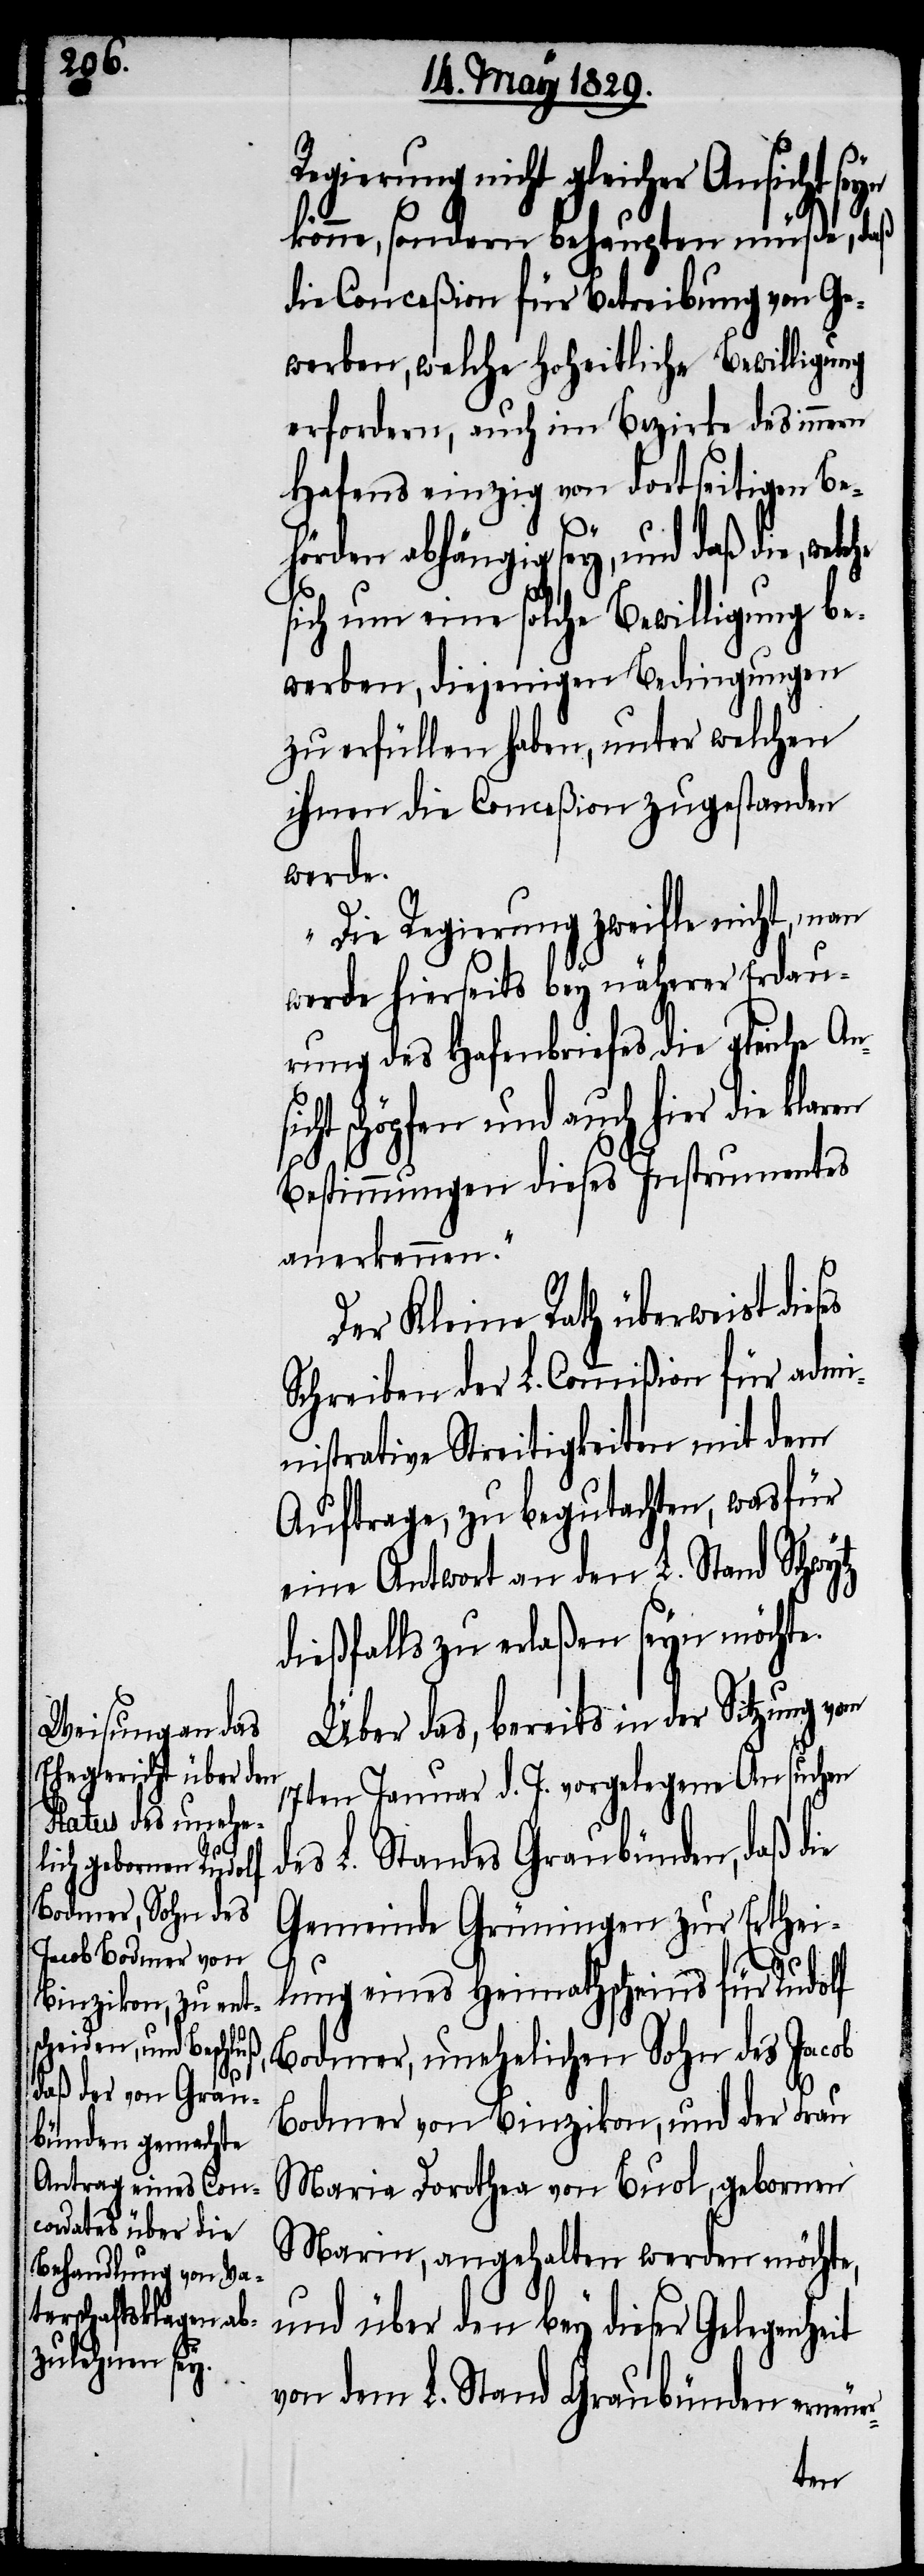
sicht

Regierung nicht gleicher Ansicht seyn
könne, sondern behaupten müße, daß
die Conceßion für Betreibung von Ge¬
werben, welche hoheitliche Bewilligung
erfordern, auch im Bezirke des innern
Hafens einzig von dortseitigen Be¬
r-
hörden abhängig sey, und daß die,
sich um eine solche Bewilligung be¬
werben, diejenigen Bedingungen
zu erfüllen haben, unter welchen
ihnen die Conceßion zugstanden
werde.
Die Regierung zweifle nicht, man
werde hierseits bey näherer Erdau¬
rung des Hafenbriefs die gleiche An¬
schöpfen und auch hier die
Bestimmungen dieses Instrumentes
anerkennen.“
Der Kleine Rath überweist dies¬
Schreiben der L. Commißion für adm¬
inistrative Streitigkeiten mit dem
Auftrage, zu begutachten, wasfür
eine Antwort an den L. Stand Schwytz
dießfalls zu erlaßen seyn möchte.
Über das, bereits in der Sitzung vom
17ten Januar d. J. vorgelegene Ansuchen
des L. Standes Graubünden, daß die
Gemeinde Grüningen zur Erthei¬
lung eines Heimathscheins für Rudolf
Bodmer, unehelichen Sohn des Jacob
Bodmer von Binzikon, und der Frau
Maria Dorothea von Buol, gebornen
Marin, angehalten werden möchte,
und über den bey dieser Gelegenheit
von dem L. Stand Graubünden erneue¬